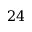
2 4